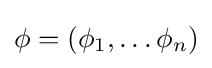
\phi =(\phi _{1},\ldots \phi _{n})